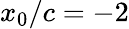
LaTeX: x_{0}/c=-2